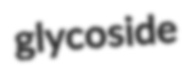
glycoside